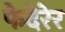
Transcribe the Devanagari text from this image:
फेदेरेर